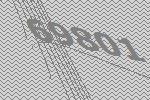
69801